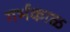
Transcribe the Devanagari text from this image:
गर्भकाळ